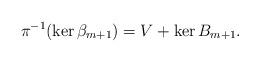
LaTeX: \begin{align*} \pi^{-1}(\ker \beta_{m+1}) = V + \ker B_{m+1}.\end{align*}